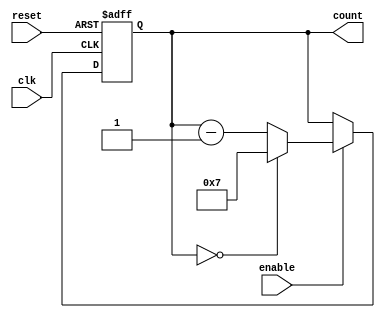
module modulo_n_down_counter (
    input wire clk,         // Clock input
    input wire reset,       // Reset input
    input wire enable,      // Enable input
    output reg [N-1:0] count // Output count signal, where N is the predetermined value
);

parameter N = 8; // Predetermined value for counting down

always @ (posedge clk or posedge reset) begin
    if (reset) begin
        count <= N-1; // Initialize count to N-1 on reset
    end else if (enable) begin
        if (count == 0) begin
            count <= N-1; // Reset count to N-1 when it reaches 0
        end else begin
            count <= count - 1; // Decrement count by 1 on each clock cycle
        end
    end
end

endmodule